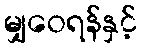
မျှဝေရန်နှင့်